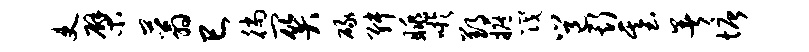
吏檗蓊巳徜关碌舛眺吁郢摭筏邕斯基暑塘